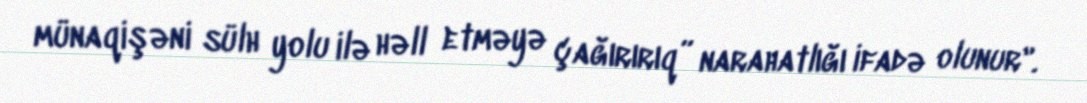
münaqişəni sülh yolu ilə həll etməyə çağırırıq” narahatlığı ifadə olunur".